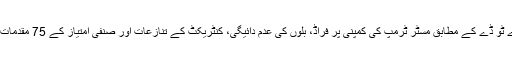
یو ایس اے ٹو ڈے کے مطابق مسٹر ٹرمپ کی کمپنی پر فراڈ، بلوں کی عدم دائیگی، کنٹریکٹ کے تنازعات اور صنفی امتیاز کے 75 مقدمات درج ہیں۔